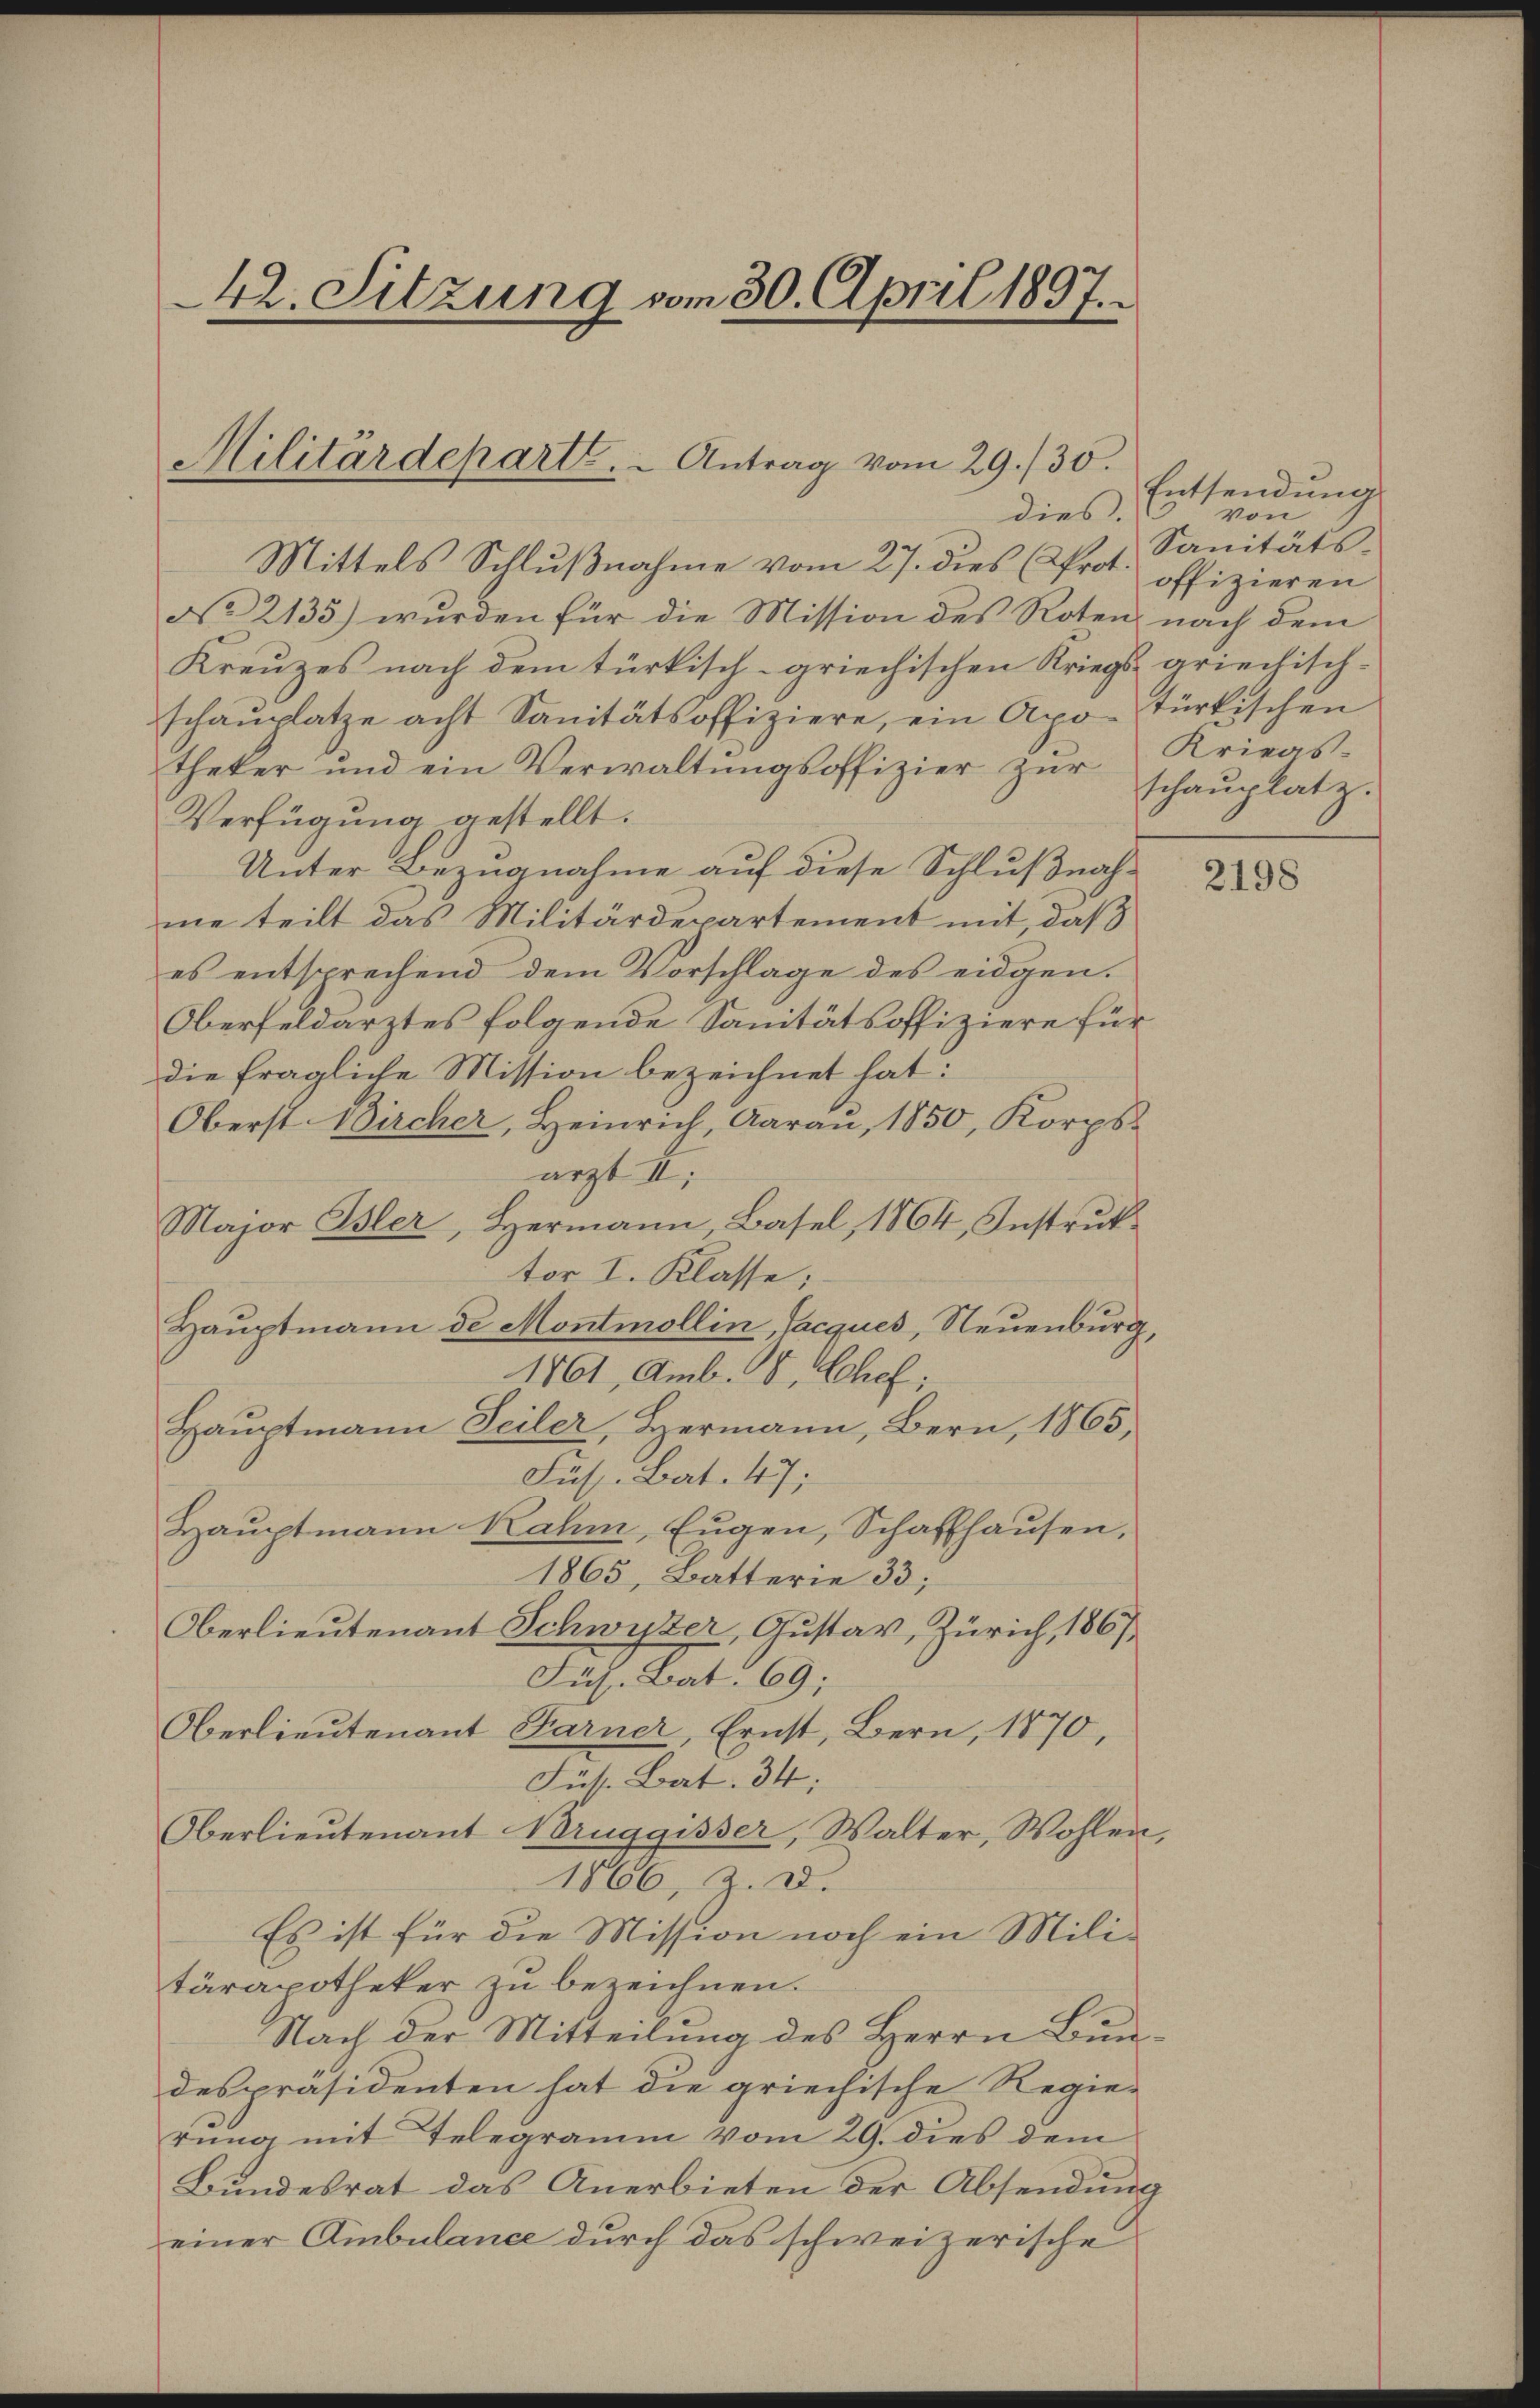
42. Sitzung vom 30. April 1897.

Militärdepart.  ..  Antrag vom 29./30.
dies.

Mittels Schlŭβnahme vom 27. dies (Prot. offizieren
No 2135) wurden für die Mission des Roten nach dem
Kreuzes nach dem türkisch-griechischen Kriegs griechisch-
schaŭplatze acht Sanitätsoffiziere, ein Apo- türkischen
theker und ein Verwaltŭngsoffizier zŭr schaŭplatz.
Verfügung gestellt.
Unter Bezugnahme auf diese Schlußnahme teilt das Militärdepartement mit, daß
es entsprechend dem Vorschlage des eidgen.
Oberfeldarztes folgende Sanitätsoffiziere für
die fragliche Mission bezeichnet hat:
Oberst Wircher, Heinrich, Aarau, 1850, Korpsarzt II.
Major Bler, Hermann Basel, 1864, Instruktor I. Klasse;
Hauptmann de Montmollin, Cacques, Neuenburg,
1861, Amb. 8. Chef;
Haŭptmann Seiler, Hermann, Bern, 1865,
Jus. Bat. 47.
Haŭptmann Rahm, Eugen, Schaffhausen,
1865, Batterie 33;
Oberlieutenant Schwyzer, Gustav, Zürich, 1867
Juh. Bat. 69;
Oberlieutenant Farner, Ernst, Bern, 1870,
Füst. Bat. 34:
Oberlieutenant Bruggisser, Walter, Wohlen,
1866, Z. D.
Es ist für die Mission noch ein Militärapotheker zu bezeichnen.
Nach der Mitteilung des Herrn Bundespräsidenten hat die griechische Regie-
rung mit Telegramm vom 29. dies dem
Bundesrat das Anerbieten der Absendung
einer Ambulance durch das schweizerische

Entsendung
von
Sanitäts-
Kriegs¬

2198